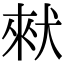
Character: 猌